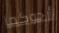
أرجوكما